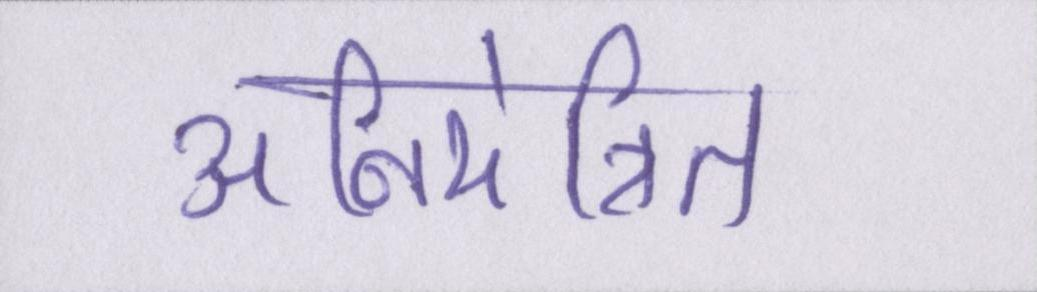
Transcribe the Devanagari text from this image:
अनियंत्रित